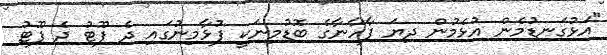
"އަޅުގަނޑުމެން އުޅެމުން ދިޔަ ފާހާނާގެ ބޮޑުމިނަކީ ފުޅާމިނުގައި ދެ ފޫޓު ދެ ފޫޓު